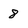
Character: 8